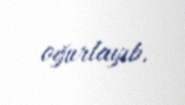
oğurlayıb.